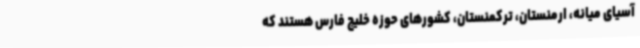
آسیای میانه، ارمنستان، ترکمنستان، کشورهای حوزه خلیج فارس هستند که